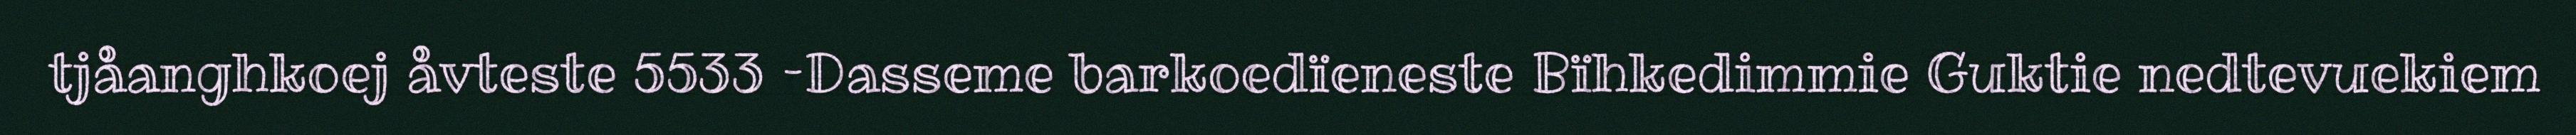
tjåanghkoej åvteste 5533 –Dasseme barkoedïeneste Bïhkedimmie Guktie nedtevuekiem